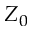
Z _ { 0 }